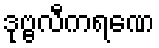
ဒုဗ္ဗလီကရဏေ